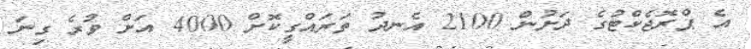
އެ ޕްރޮޖެކްޓުގެ ދަށުން 2100 އެނދު ތަރައްގީކޮށް 4000 އަށް ވުރެ ގިނަ